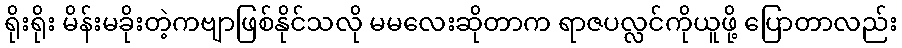
ရိုးရိုး မိန်းမခိုးတဲ့ကဗျာဖြစ်နိုင်သလို မမလေးဆိုတာက ရာဇပလ္လင်ကိုယူဖို့ ပြောတာလည်း